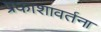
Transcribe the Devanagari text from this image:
प्रकाशावर्तना